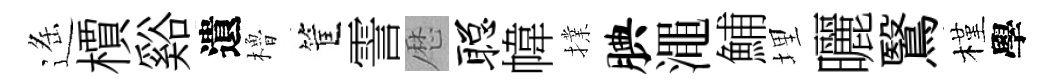
遥檟谿遺櫓筐霅厯聪幃擈腆澠鯆埋曬鷖槿學